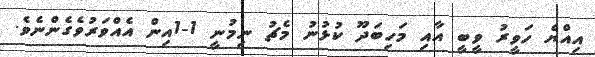
އިއްޔެ ހަވީރު ވީބީ އާއި މަހިބަދޫ ކުޅުނު މެޗު ނިމުނީ 1-1އިން އެއްވަރުވެގެންނެވެ.